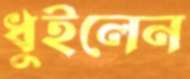
ধুইলেন